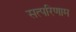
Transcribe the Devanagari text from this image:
सत्परिणाम